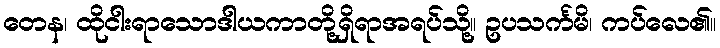
တေန၊ ထိုငါးရာသောဒါယကာတို့ရှိရာအရပ်သို့။ ဥပသင်္ကမိ၊ ကပ်လေ၏။